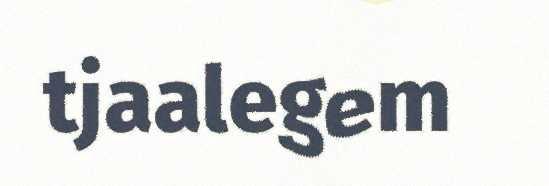
tjaalegem